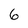
Character: 6